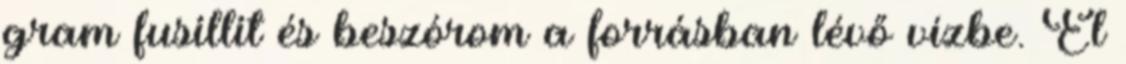
gram fusillit és beszórom a forrásban lévő vízbe. El